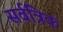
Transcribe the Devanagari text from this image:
सर्वत्रिक